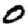
Digit: 0